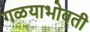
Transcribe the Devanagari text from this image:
गळयाभोवती